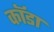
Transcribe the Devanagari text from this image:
कॉडा